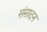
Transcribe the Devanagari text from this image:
संसादन